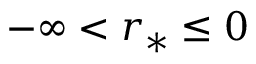
- \infty < r _ { * } \le 0